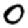
Digit: 0